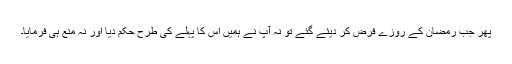
پھر جب رمضان کے روزے فرض کر دیئے گئے تو نہ آپؐ نے ہمیں اس کا پہلے کی طرح حکم دیا اور نہ منع ہی فرمایا۔